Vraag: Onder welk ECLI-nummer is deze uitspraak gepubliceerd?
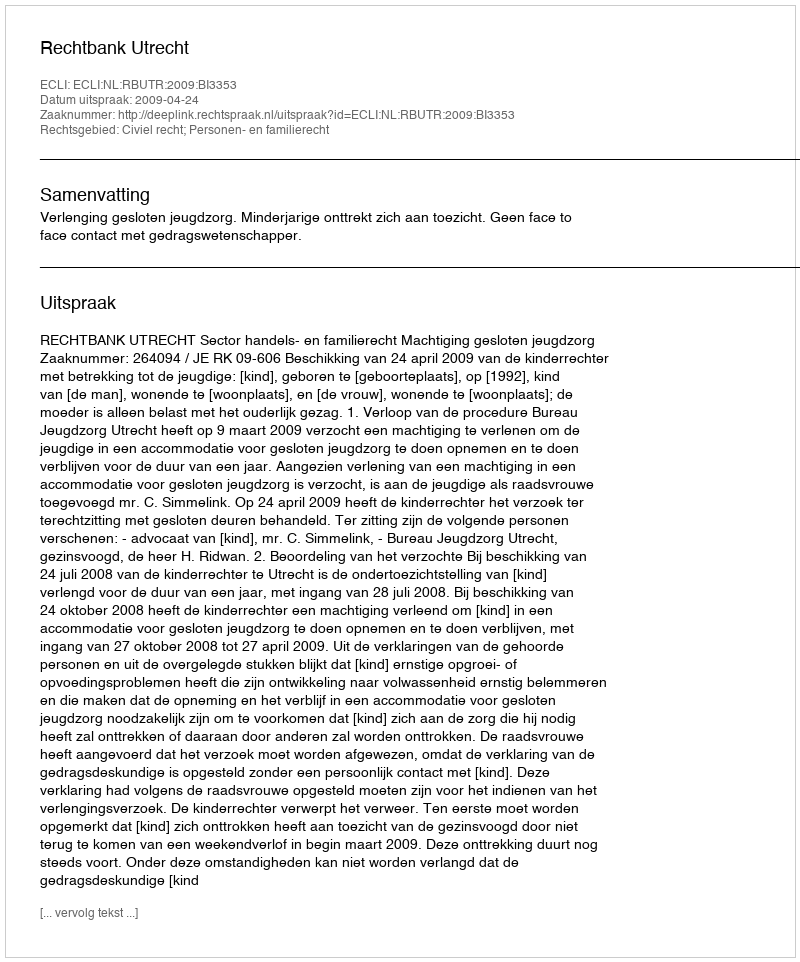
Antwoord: ECLI:NL:RBUTR:2009:BI3353